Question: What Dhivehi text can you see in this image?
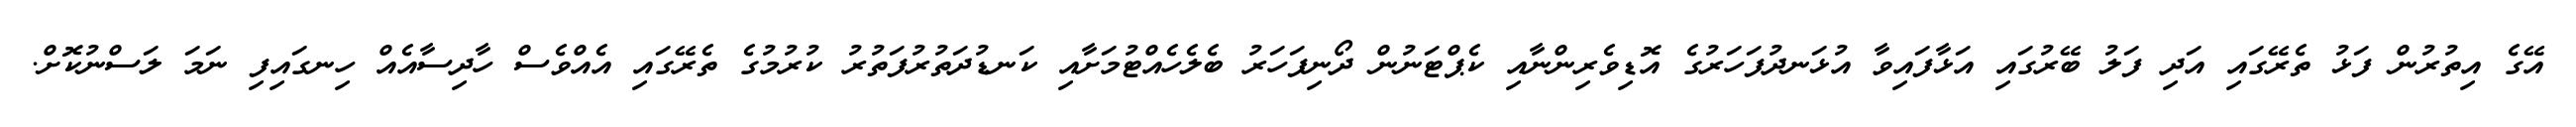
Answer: އޭގެ އިތުރުން ފަޅު ތެރޭގައި އަދި ފަލު ބޭރުގައި އަޅާފައިވާ އުޅަނދުފަހަރުގެ އޮޑިވެރިންނާއި ކެޕްޓަނުން ދޯނިފަހަރު ބެލެހެއްޓުމަށާއި ކަނޑުދަތުރުފަތުރު ކުރުމުގެ ތެރޭގައި އެއްވެސް ހާދިސާއެއް ހިނގައިފި ނަމަ ލަސްނުކޮށް.